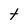
Character: t